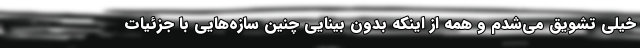
خیلی تشویق می‌شدم و همه از اینکه بدون بینایی چنین سازه‌هایی با جزئیات